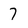
Character: 7